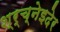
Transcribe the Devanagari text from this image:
श्र्च्नेइदेर